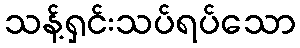
သန့်ရှင်းသပ်ရပ်သော